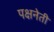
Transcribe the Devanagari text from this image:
पक्षनेती